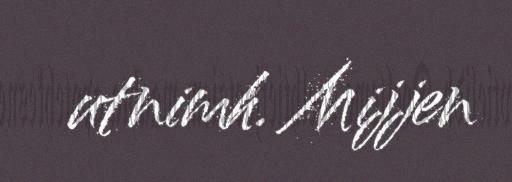
utnimh. Mijjen